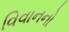
વિવાનનો